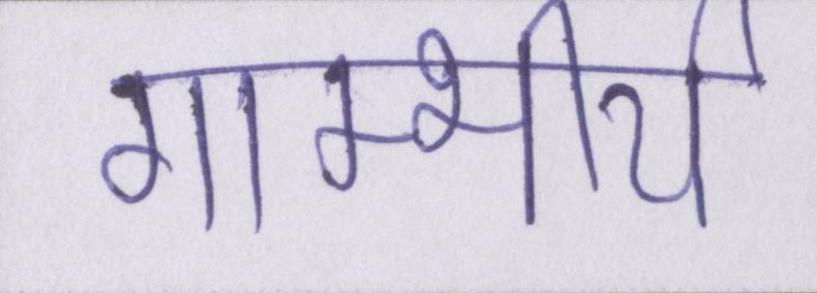
गाम्भीर्य